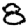
Digit: 8